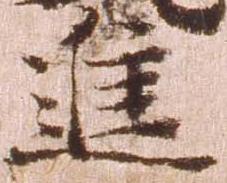
進